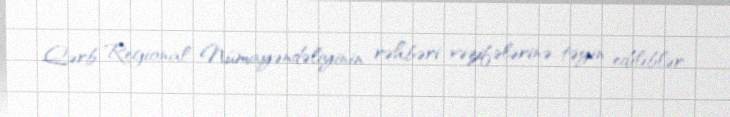
Qərb Regional Nümayəndəliyinin rəhbəri vəzifələrinə təyin ediliblər.